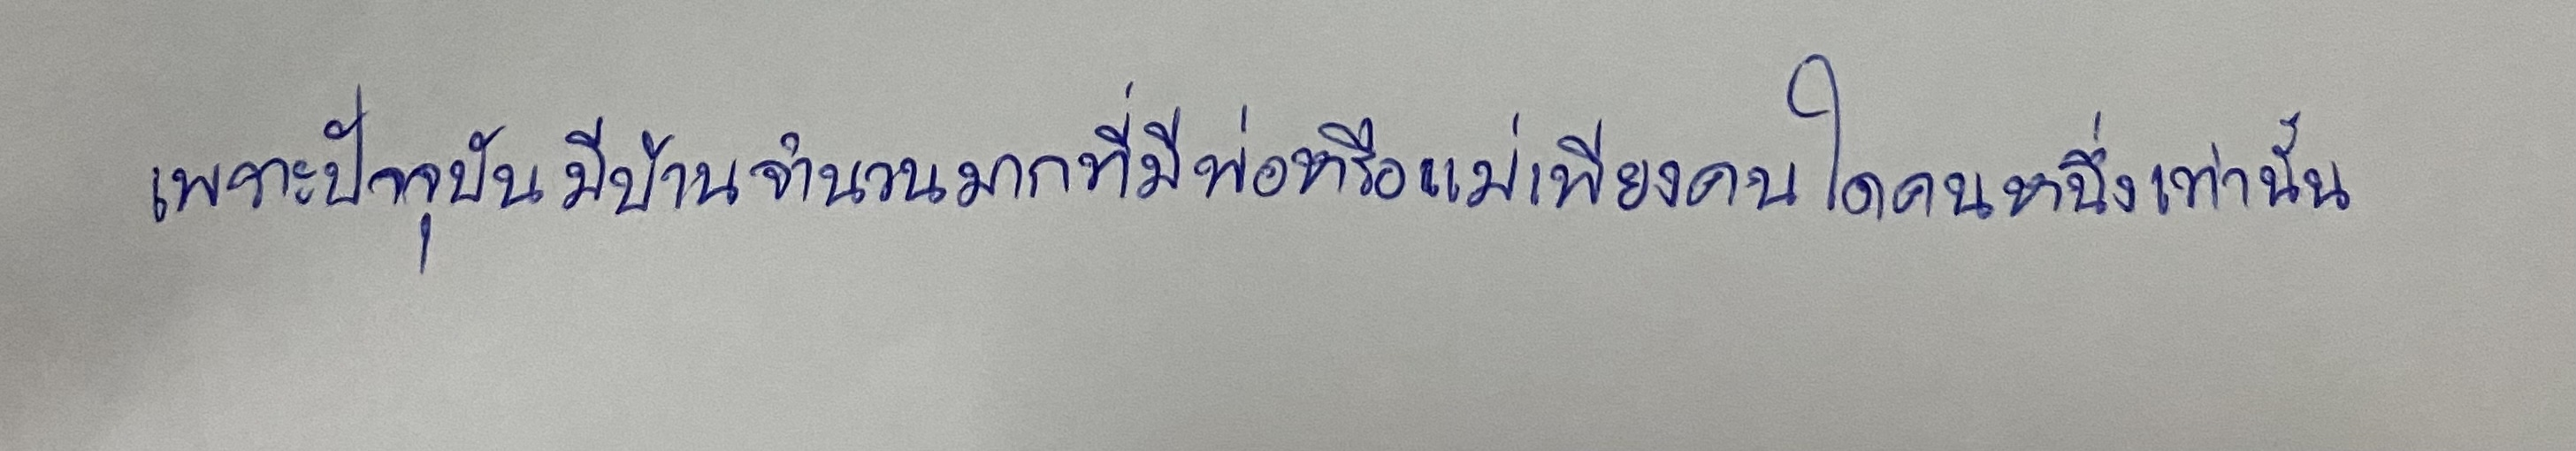
เพราะปัจจุบันมีบ้านจำนวนมากที่มีพ่อหรือแม่เพียงคนใดคนหนึ่งเท่านั้น